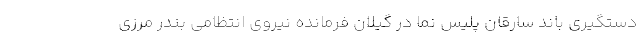
دستگیری باند سارقان پلیس نما در گیلان فرمانده نیروی انتظامی بندر مرزی